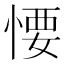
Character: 𢞅